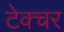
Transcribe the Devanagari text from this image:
टेक्चर